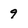
Character: 9